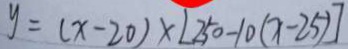
y = ( x - 2 0 ) \times [ 2 5 0 - 1 0 ( x - 2 5 ) ]